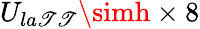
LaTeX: U_{la\mathscr{T}\mathscr{T}}\simh\times8